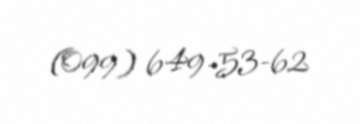
(099) 649-53-62